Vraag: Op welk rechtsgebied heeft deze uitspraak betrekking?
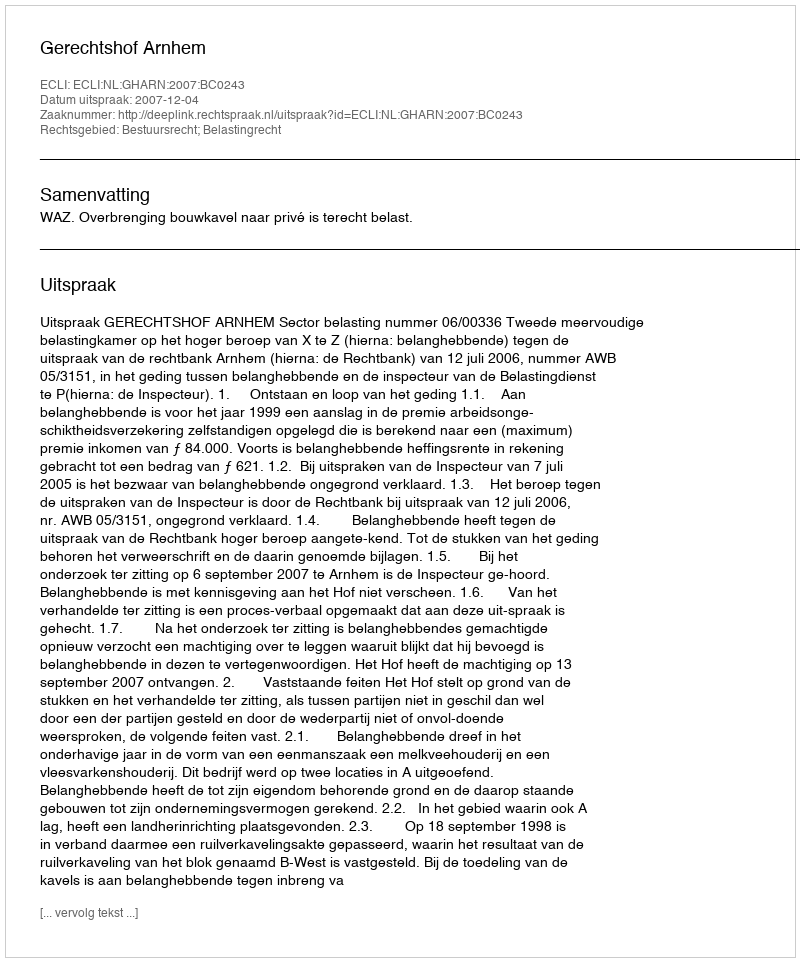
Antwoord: Bestuursrecht; Belastingrecht